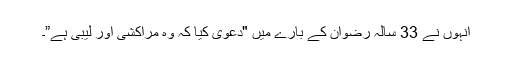
انہوں نے 33 سالہ رضوان کے بارے میں "دعوی کیا کہ وہ مراکشی اور لیبی ہے”۔